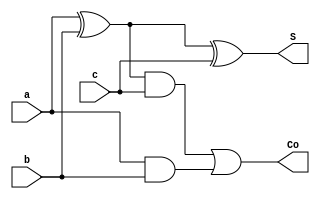
module full_adder(input a,input b,input c,output S,output Co);
    assign S=a^b^c;
    assign Co=((a^b)&c)|(a&b);
endmodule